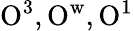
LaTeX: \mathrm{O}^{3},\mathrm{O}^{\mathrm{w}},\mathrm{O}^{1}